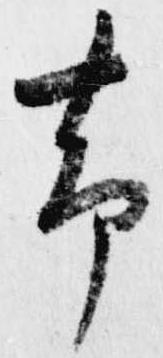
帯